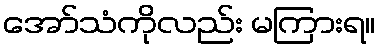
အော်သံကိုလည်း မကြားရ။